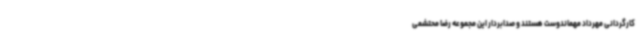
کارگردانی مهرداد مهماندوست هستند و صدابردار این مجموعه رضا محتشمی